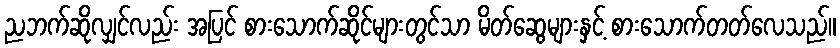
ညဘက်ဆိုလျှင်လည်း အပြင် စားသောက်ဆိုင်များတွင်သာ မိတ်ဆွေများနှင့် စားသောက်တတ်လေသည်။